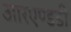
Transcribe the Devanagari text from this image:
आरएण्डडी